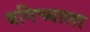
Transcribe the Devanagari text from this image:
बगिच्याला